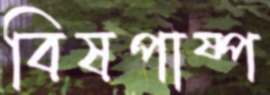
বিষপাষ্প